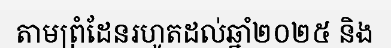
តាមព្រំដែនរហូតដល់ឆ្នាំ២០២៥ និង